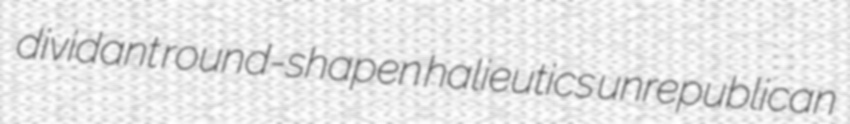
dividant round-shapen halieutics unrepublican